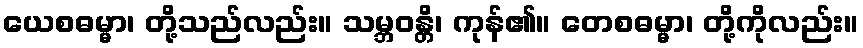
ယေစဓမ္မာ၊ တို့သည်လည်း။ သမ္ဘဝန္တိ၊ ကုန်၏။ တေစဓမ္မာ၊ တို့ကိုလည်း။